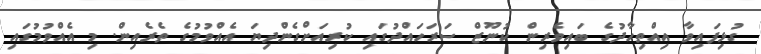
ގުޅިފައިވާ އިއްތިހާދުގެ ބައިވެރިން ކުނޫޒް ސަރަހައްދުގައި ކުރިއަށްގެންދިޔަ އެއްވުމުގެ ތެރެއިން. މި އެއްވުމުގައި